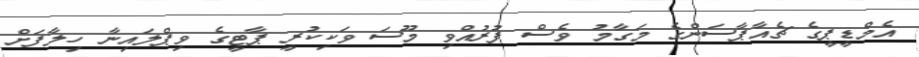
އެމްޑީޕީގެ ޗެއާޕާސަންގެ މަގާމު ވެސް ފުރުއްވި މޫސަ ވަކިކުރީ ޕާޓީގެ ވިޕްލައިނާ ހިލާފަށް